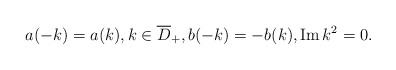
LaTeX: \begin{align*}a(-k)=a(k), k \in \overline{D}_+, b(-k)=-b(k), \operatorname{Im} k^{2}=0.\end{align*}